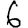
Digit: 6